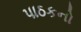
પાઠકનો